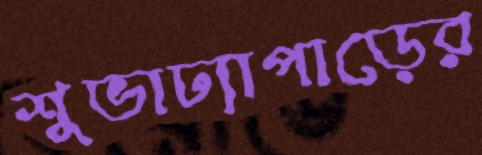
শুভাঢ্যাপাড়ের